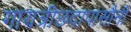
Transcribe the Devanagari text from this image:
गायत्रीछंदापासौनी